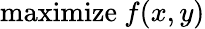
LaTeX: {\mathrm{maximize}}\ f(x,y)